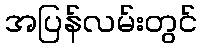
အပြန်လမ်းတွင်